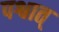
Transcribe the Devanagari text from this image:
पश्वात्